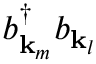
b _ { \mathbf { k } _ { m } } ^ { \dagger } b _ { \mathbf { k } _ { l } }